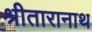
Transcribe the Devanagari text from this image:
श्रीतारानाथ